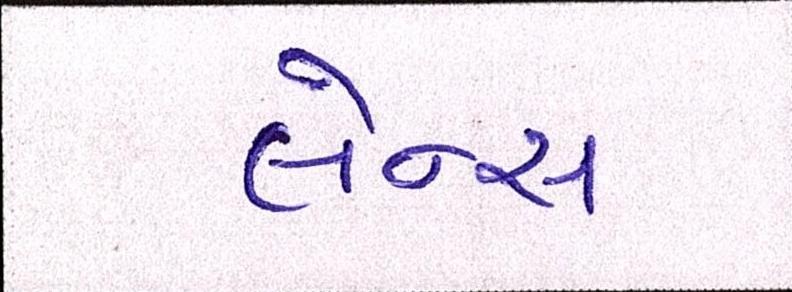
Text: લેન્સ